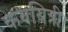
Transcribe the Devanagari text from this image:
कवयित्री।